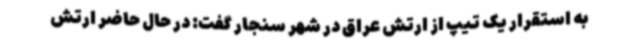
به استقرار یک تیپ از ارتش عراق در شهر سنجار گفت: در حال حاضر ارتش